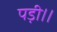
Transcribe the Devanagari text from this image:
पड़ी।।